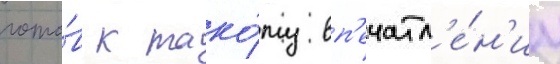
гото́в к тако́му вп'ечатл'е́н'иу